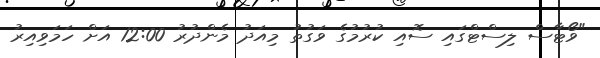
"ވޯޓާސް ލިސްޓްގައި ސޮއި ކުރުމުގެ ވަގުތު މިއަދު މެންދުރު 12:00 އަށް ހަމަވިއިރު